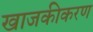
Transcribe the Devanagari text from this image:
खाजकीकरण